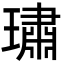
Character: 璛